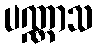
ပဏ္ဏာသ